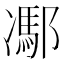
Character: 𨝭